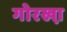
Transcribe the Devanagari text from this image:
गोरखा़